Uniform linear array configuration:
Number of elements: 24
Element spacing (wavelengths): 0.75
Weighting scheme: cosine
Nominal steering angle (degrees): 45
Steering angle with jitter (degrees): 43.812
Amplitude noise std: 0.05
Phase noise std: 0.05

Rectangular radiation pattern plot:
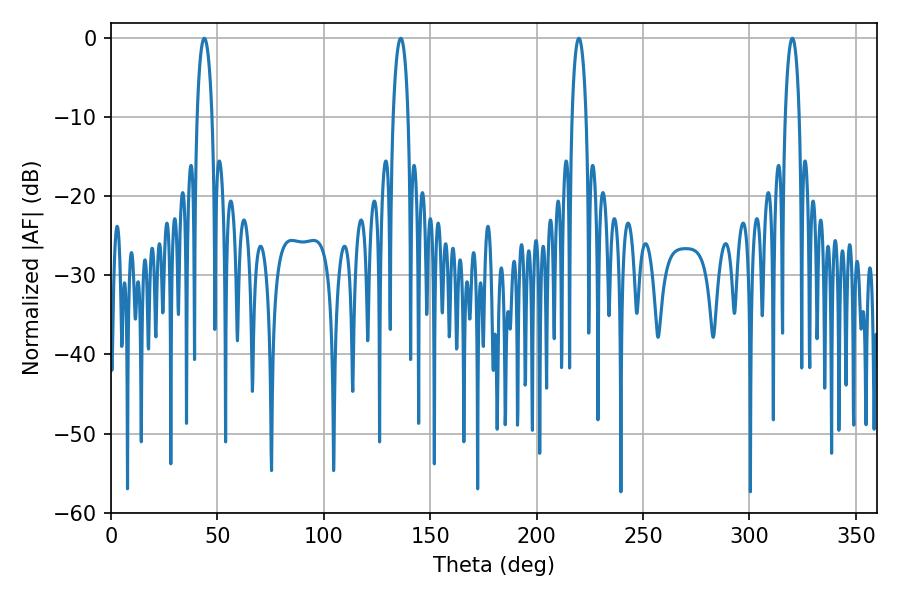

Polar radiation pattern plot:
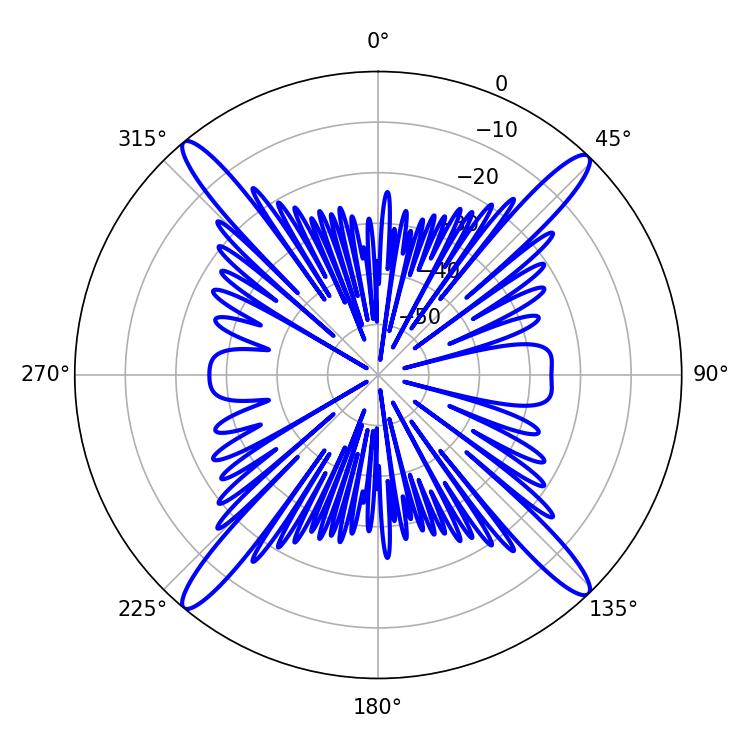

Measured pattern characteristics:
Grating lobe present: TRUE
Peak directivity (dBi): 21.533
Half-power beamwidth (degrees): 3.78
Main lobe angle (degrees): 219.78